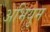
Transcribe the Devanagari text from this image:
अभियुम